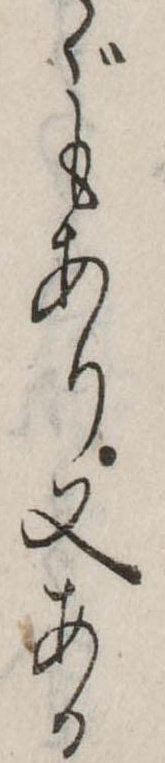
ゞもあり又ある